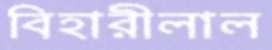
বিহারীলাল